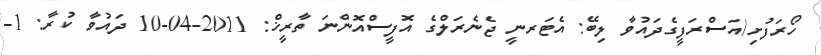
ހޯރަފުށި/އަސްރަފީގެދައުވާ ލިބޭ: އެޓަރނީ ޖެނެރަލްގެ އޮފީސްއޮންނަ ތާރީޚް: 2011-04-10 ދައުވާ ކުރާ: 1-